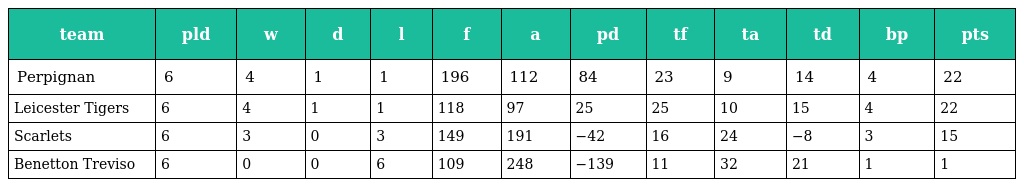
| team | pld | w | d | l | f | a | pd | tf | ta | td | bp | pts |
 | --- | --- | --- | --- | --- | --- | --- | --- | --- | --- | --- | --- | --- |
 | Perpignan | 6 | 4 | 1 | 1 | 196 | 112 | 84 | 23 | 9 | 14 | 4 | 22 |
 | Leicester Tigers | 6 | 4 | 1 | 1 | 118 | 97 | 25 | 25 | 10 | 15 | 4 | 22 |
 | Scarlets | 6 | 3 | 0 | 3 | 149 | 191 | −42 | 16 | 24 | −8 | 3 | 15 |
 | Benetton Treviso | 6 | 0 | 0 | 6 | 109 | 248 | −139 | 11 | 32 | 21 | 1 | 1 |